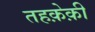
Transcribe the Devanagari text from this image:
तहक़ेक़ी